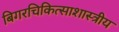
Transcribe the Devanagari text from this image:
बिगरचिकित्साशास्त्रीय